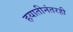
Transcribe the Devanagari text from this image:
हयातीनंतरही